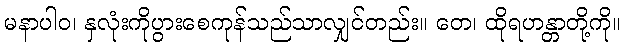
မနာပါဝ၊ နှလုံးကိုပွားစေကုန်သည်သာလျှင်တည်း။ တေ၊ ထိုရဟန္တာတို့ကို။